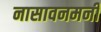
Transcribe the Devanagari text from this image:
नासावनमनी